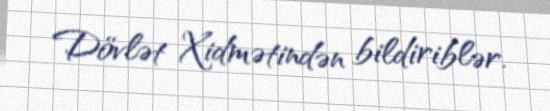
Dövlət Xidmətindən bildiriblər.